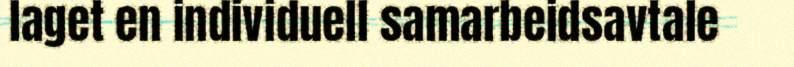
laget en individuell samarbeidsavtale